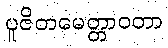
ပူဇိတမေတ္တာဝတာ